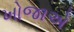
ખોજાએ